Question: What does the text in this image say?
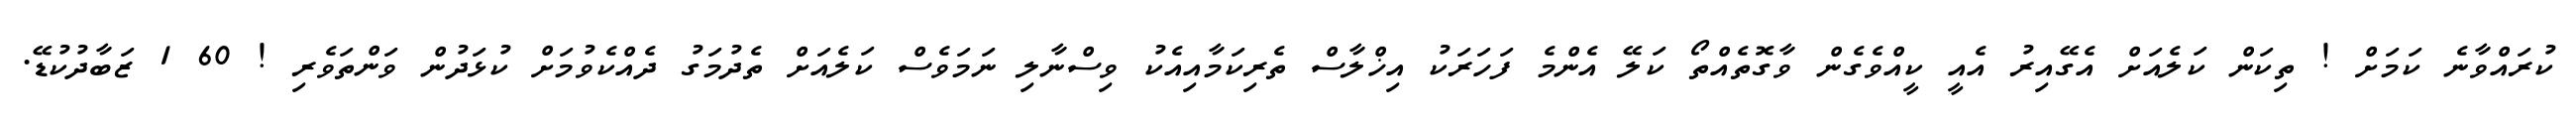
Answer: ކުރައްވާނެ ކަމަށް ! ތިކަން ކަލެއަށް އެގޭއިރު އެއީ ކީއްވެގެން ވާގޮތެއްތޯ ކަލޭ އެންމެ ފަހަރަކު އިޚްލާސް ތެރިކަމާއިއެކު ވިސްނާލި ނަމަވެސް ކަލެއަށް ތެދުމަގު ދެއްކެވުމަށް ކުޅަދުން ވަންތަވެރި ! 60 1 ޒަބާދުކުޑޭ.